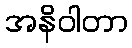
အနိဝါတာ